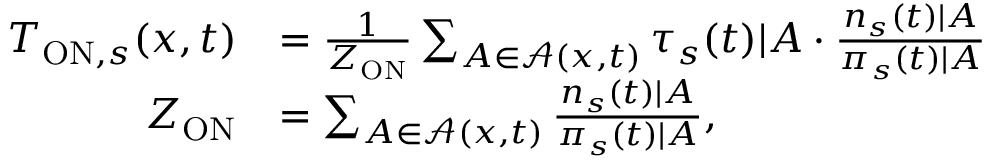
\begin{array} { r l } { T _ { \mathrm { O N } , s } ( x , t ) } & { = \frac { 1 } { Z _ { \mathrm { O N } } } \sum _ { A \in \mathcal { A } ( x , t ) } \tau _ { s } ( t ) | A \cdot \frac { n _ { s } ( t ) | A } { \pi _ { s } ( t ) | A } } \\ { Z _ { \mathrm { O N } } } & { = \sum _ { A \in \mathcal { A } ( x , t ) } \frac { n _ { s } ( t ) | A } { \pi _ { s } ( t ) | A } , } \end{array}